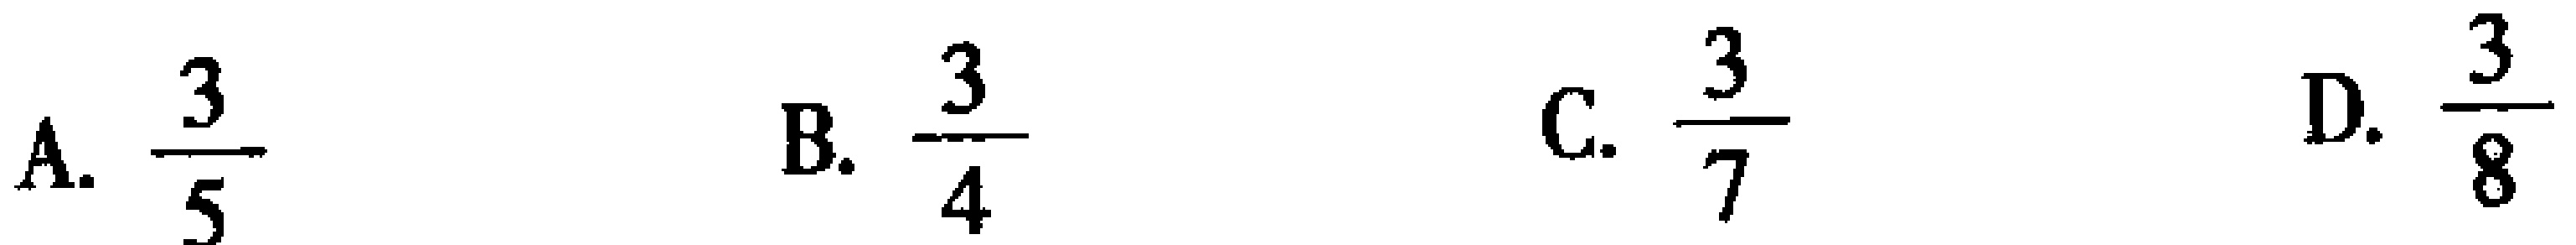
A. $\frac{3}{5}$  B. $\frac{3}{4}$  C. $\frac{3}{7}$  D. $\frac{3}{8}$